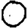
Digit: 0